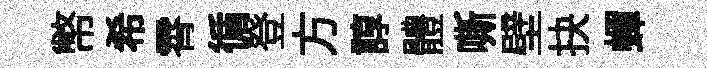
幣希霄循登方諄體嘶壁抉蟬